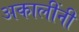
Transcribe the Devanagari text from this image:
अकालींनी